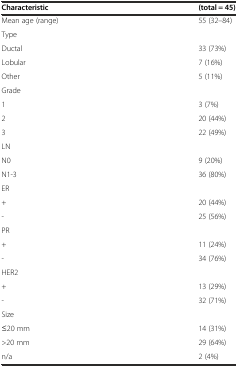
<table><thead><tr><td><b>Characteristic</b></td><td><b>(total = 45)</b></td></tr></thead><tbody><tr><td>Mean age (range)</td><td>55 (32–84)</td></tr><tr><td colspan="2">Type</td></tr><tr><td>Ductal</td><td>33 (73%)</td></tr><tr><td>Lobular</td><td>7 (16%)</td></tr><tr><td>Other</td><td>5 (11%)</td></tr><tr><td colspan="2">Grade</td></tr><tr><td>1</td><td>3 (7%)</td></tr><tr><td>2</td><td>20 (44%)</td></tr><tr><td>3</td><td>22 (49%)</td></tr><tr><td colspan="2">LN</td></tr><tr><td>N0</td><td>9 (20%)</td></tr><tr><td>N1-3</td><td>36 (80%)</td></tr><tr><td colspan="2">ER</td></tr><tr><td>+</td><td>20 (44%)</td></tr><tr><td>-</td><td>25 (56%)</td></tr><tr><td colspan="2">PR</td></tr><tr><td>+</td><td>11 (24%)</td></tr><tr><td>-</td><td>34 (76%)</td></tr><tr><td colspan="2">HER2</td></tr><tr><td>+</td><td>13 (29%)</td></tr><tr><td>-</td><td>32 (71%)</td></tr><tr><td colspan="2">Size</td></tr><tr><td>≤20 mm</td><td>14 (31%)</td></tr><tr><td>&gt;20 mm</td><td>29 (64%)</td></tr><tr><td>n/a</td><td>2 (4%)</td></tr></tbody></table>